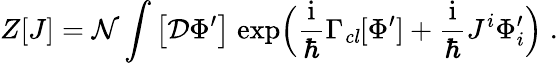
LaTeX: Z[J]=\mathcal{N}\int\big[\mathcal{D}\Phi^{\prime}\big]\; \mathrm{exp}\Big(\frac{\mathrm{i}}{\hbar}\Gamma_{\mathit{cl}}[\Phi^{\prime}]+\frac{\mathrm{i}}{\hbar}J^{i}\Phi_{i}^{\prime}\Big)\; .